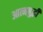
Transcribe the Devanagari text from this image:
आत्मबुद्धी